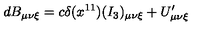
d B _ { \mu \nu \xi } = c \delta ( x ^ { 1 1 } ) ( I _ { 3 } ) _ { \mu \nu \xi } + U _ { \mu \nu \xi } ^ { \prime }